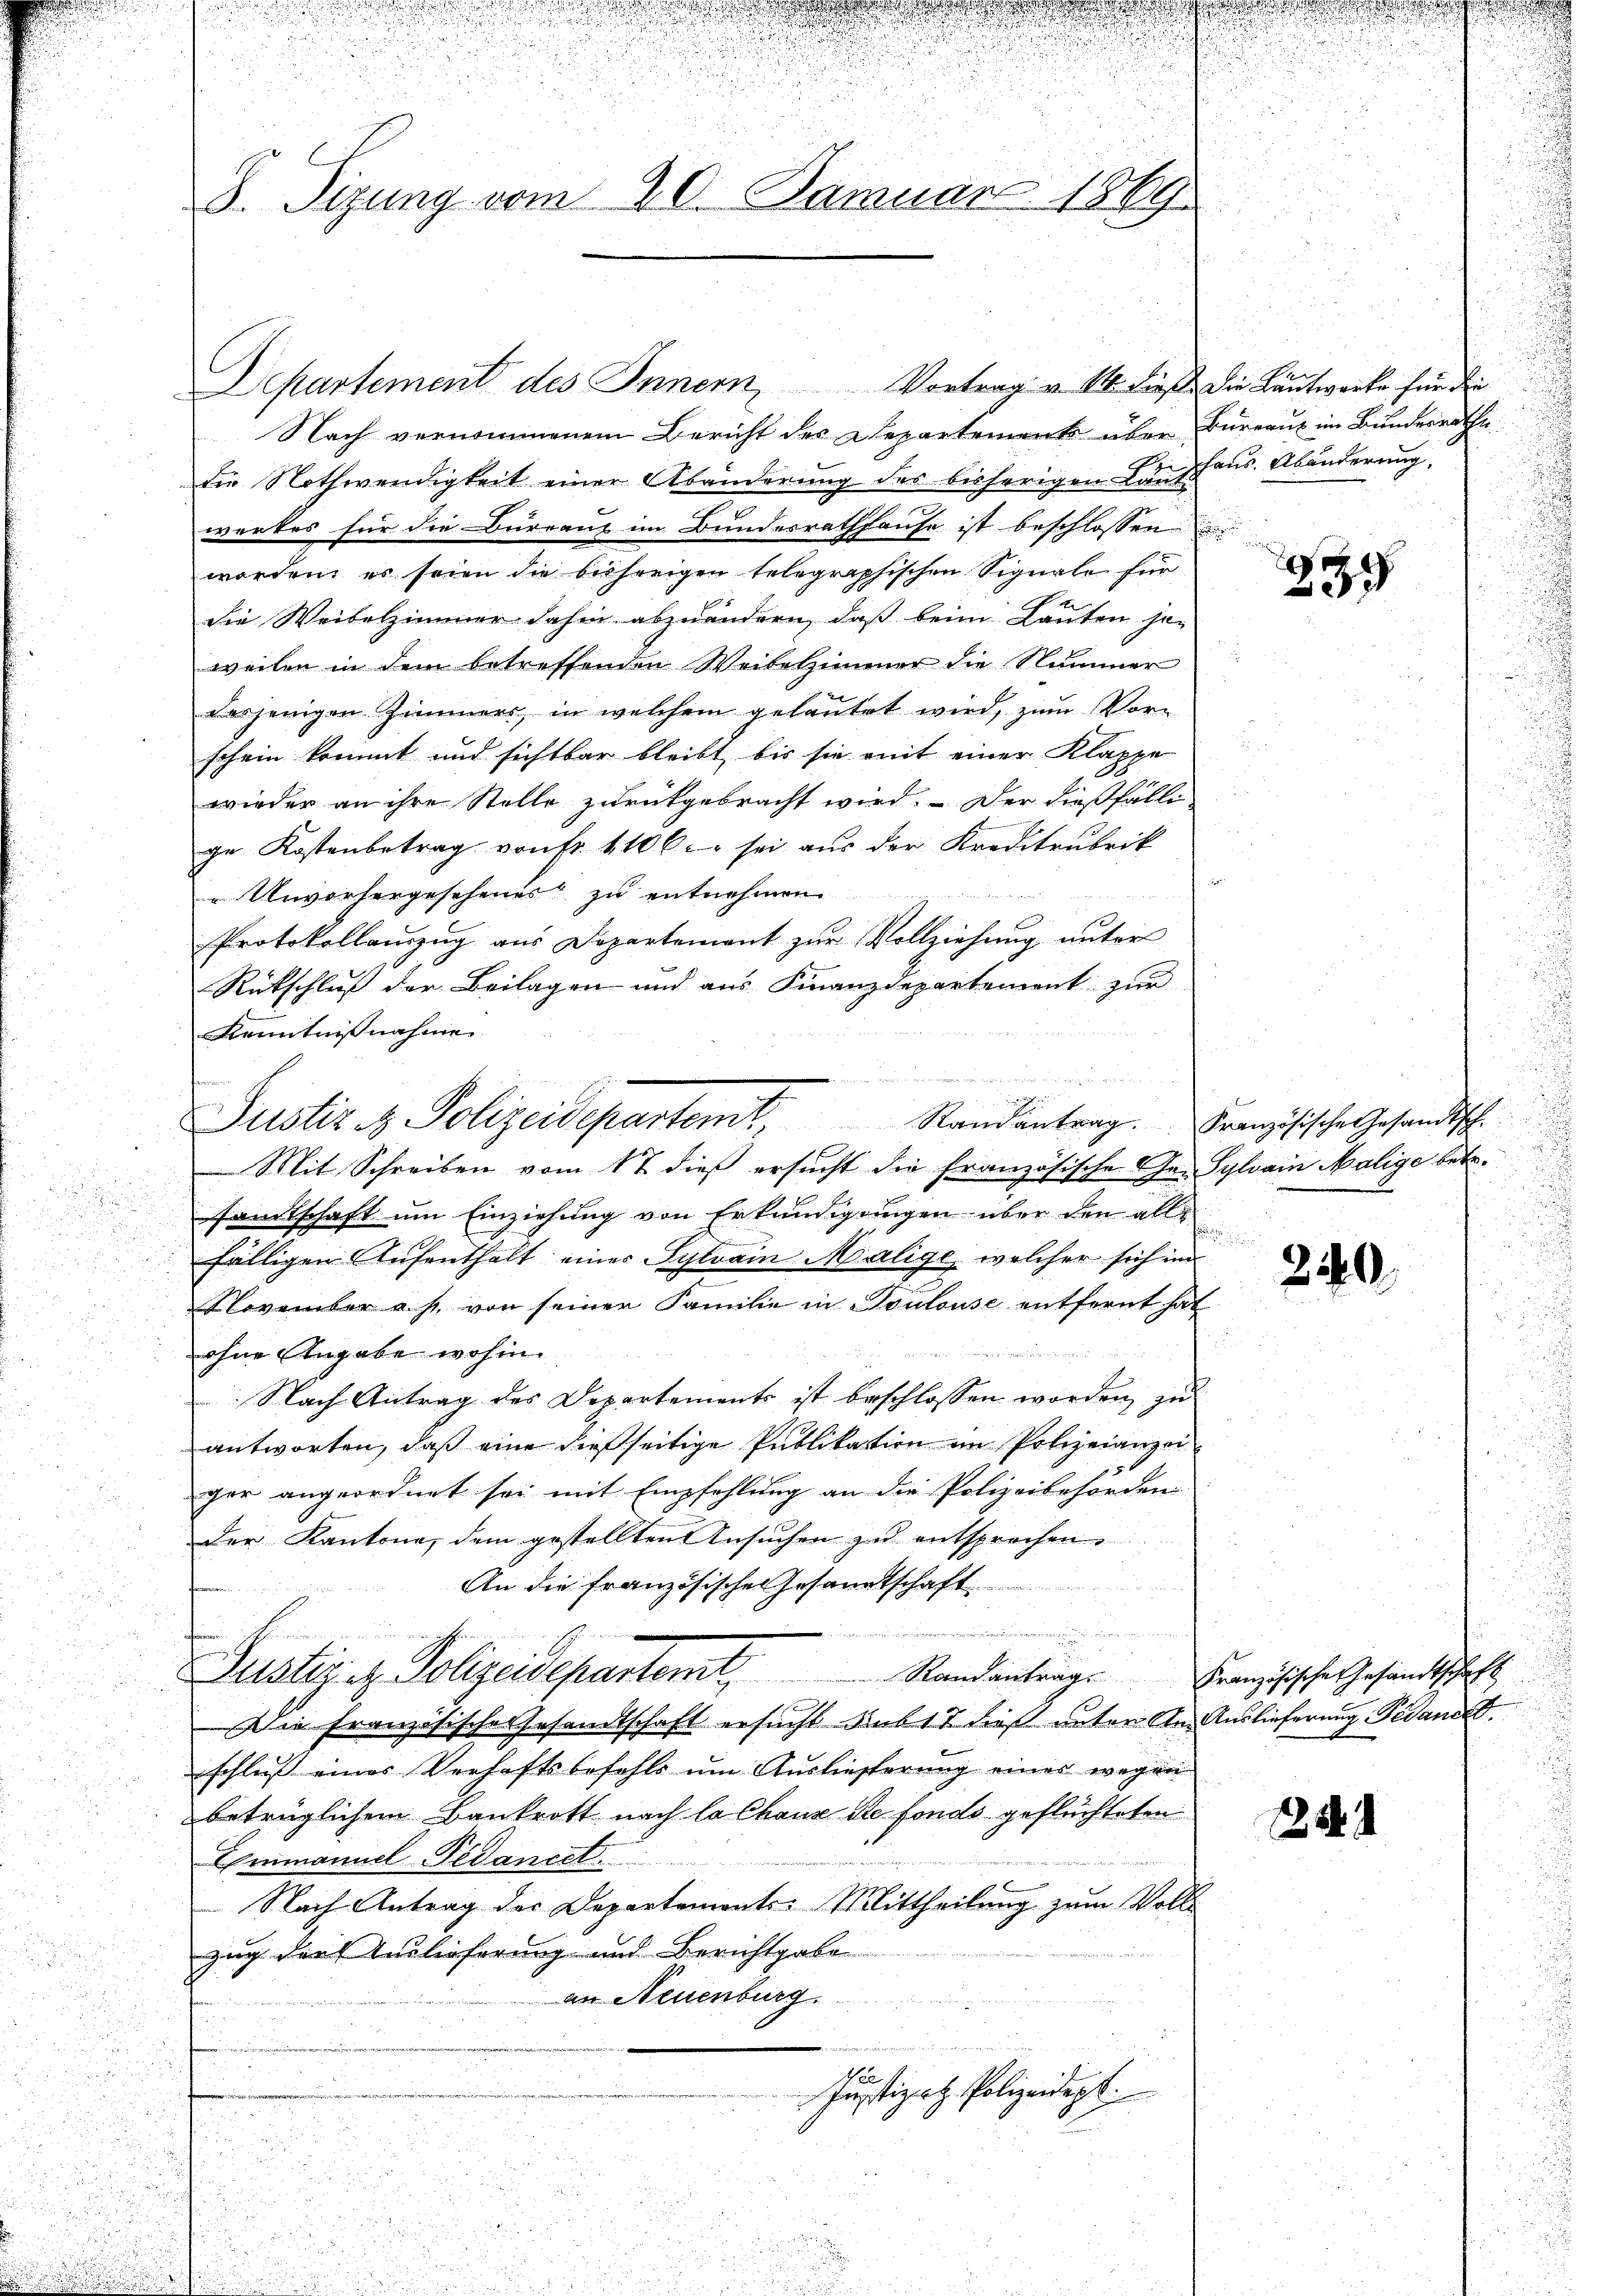
u
8. Sizung vom 20. Januar 1869

Departement des Innern, Vortrag v. 14. dieß die Lantworte für die

Nach vernommenem Bericht des Departements über Bureaux im Bundesrathe
G.
die Nothwendigkeit einer Abänderung des bisherigen Landhaus. Abänderung.
werkes für die Büreaus im Bundesrathhause ist beschlossen
worden, es seien die bisherigen telegraphischen Signale für
die Weibelzimmer dahin abzuändern, daß beim Lauten jen
weilen in dem betreffenden Weibelzimmer die Nummer
desjenigen Zimmers, in welchem gelautet wird, zum Vorschein kommt und sichtbar bleibt, bis sie mit einer Klappe
wieder an ihre Stelle zurükgebracht wird. – Der dießfälli
ge Kostenbetrag von Fr. 1106. sei aus der Kreditrubrik
r
Unvorhergesehenes zu entnehmen
Protokollauszug aus Departement zur Vollziehung unter
Rückschluß der Beilagen und aus Finanzdepartement zur
2
Kenntnisnahme
Mit Schreiben vom 17 dieß ersŭcht die französische Ge- Sylvain Malige betr.
sandtschaft um Einziehung von Erkundigungen über den alle
i
d
fälligen Aufenthalt einer Sylvain Malige, welcher sich im
November a. s. von seiner Familie in Toulouse entfernt hat.
ohne Angabe wohin
 Nach Antrag des Departements ist beschlossen worden zu
antworten, daß eine dießseitige Publikation im Polizeianzei
ger angeordnet sei mit Empfehlung an die Polizeibehörden
der Kantone, dem gestellten Ansuchen zu entsprochen.
An die Französische Gesandtschaft
Suster er Polizeidepartemt,
Randantrag. Französische Gesandtschaft
Die Französische Gesandtschaft ersucht Rub17 dieß unter An- Auslieferung Pidandid
schluß eines Verhaftsbefehls um Auslieferung eines wegen
betrüglichem Bankrott nach la Chaux de fonds geflüchteten
Emmannel-Fedancel.
Nach Antrag der Departements-Mittheilung zum Voll
zug darf Auslieferung und Berichtgabe
an Neuenburg.
u
Justizct. Polizeidept.

Justiz & Polizeidepartent Randantrag. Französische Gesandtsch

.

239

240

25